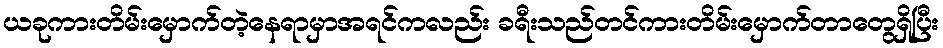
ယခုကားတိမ်းမှောက်တဲ့နေရာမှာအရင်ကလည်း ခရီးသည်တင်ကားတိမ်းမှောက်တာတွေရှိပြီး